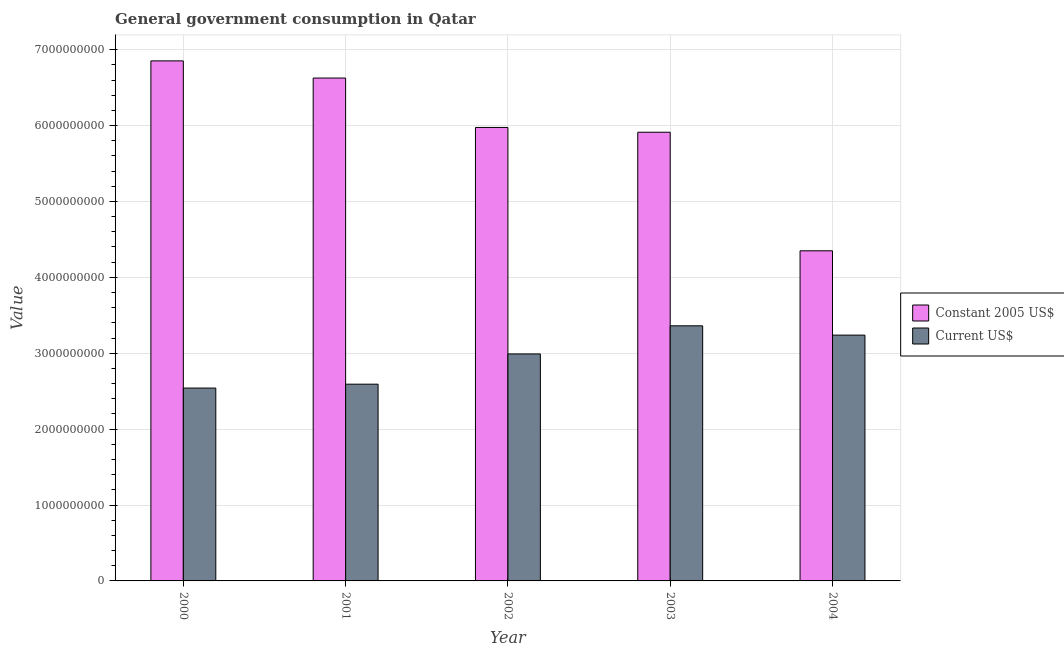
| Year | Constant 2005 US$ | Current US$ |
 | --- | --- | --- |
 | 2000 | 6.85e+09 | 2.54e+09 |
 | 2001 | 6.63e+09 | 2.59e+09 |
 | 2002 | 5.98e+09 | 2.99e+09 |
 | 2003 | 5.91e+09 | 3.36e+09 |
 | 2004 | 4.35e+09 | 3.24e+09 |